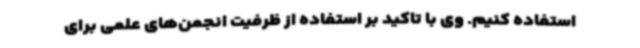
استفاده کنیم. وی با تاکید بر استفاده از ظرفیت انجمن‌های علمی برای